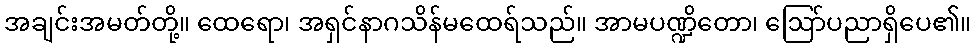
အချင်းအမတ်တို့။ ထေရော၊ အရှင်နာဂသိန်မထေရ်သည်။ အာမပဏ္ဍိတော၊ ဩော်ပညာရှိပေ၏။